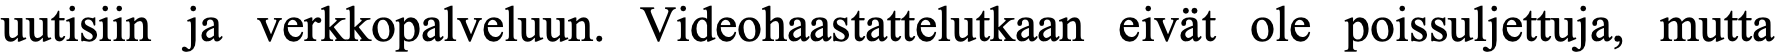
uutisiin ja verkkopalveluun. Videohaastattelutkaan eivät ole poissuljettuja, mutta